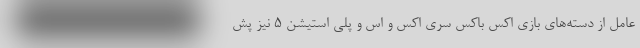
عامل از دسته‌های بازی اکس باکس سری اکس و اس و پلی استیشن 5 نیز پش